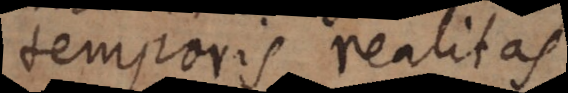
temporis realitas,